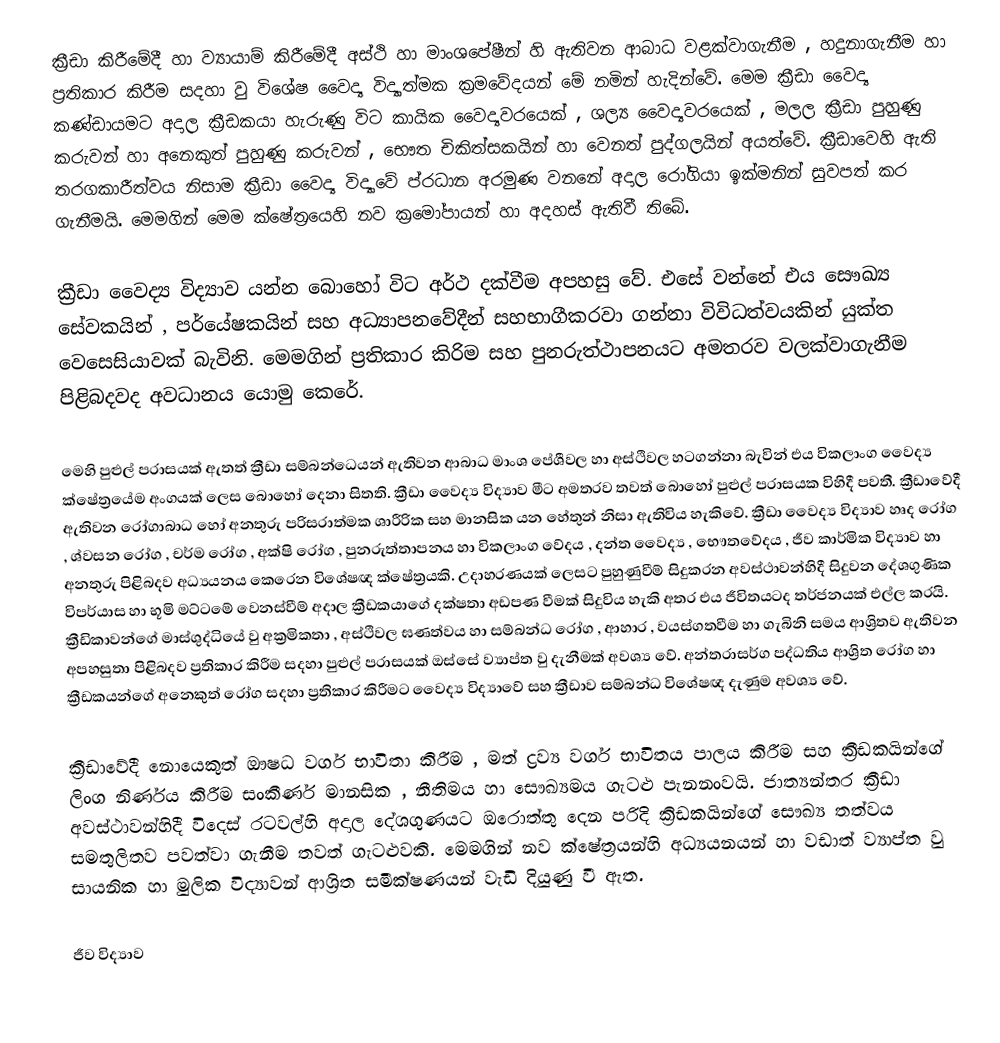
ක්‍රීඩා කිරීමේදී හා ව්‍යායාම් කිරීමේදී අස්ථි හා මාංශපේෂීන් හි ඇතිවන ආබාධ වළක්වාගැනීම , හදුනාගැනීම හා ප්‍රතිකාර කිරීම සදහා වු විශේෂ වෛද්‍ය විද්‍යාත්මක ක්‍රමවේදයන් මේ නමින් හැදින්වේ. මෙම ක්‍රීඩා වෛද්‍ය කණ්ඩායමට අදාල ක්‍රීඩකයා හැරුණු විට කායික වෛද්‍යවරයෙක් , ශල්‍ය වෛද්‍යවරයෙක් , මලල ක්‍රීඩා පුහුණු කරුවන් හා අනෙකුත් පුහුණු කරුවන් , භෞත චිකිත්සකයින් හා වෙනත් පුද්ගලයින් අයත්වේ. ක්‍රීඩාවෙහි ඇති තරගකාරීත්වය නිසාම ක්‍රීඩා වෛද්‍ය විද්‍යාවේ ප්රධාන අරමුණ වනනේ අදාල රෝගියා ඉක්මනින් සුවපත් කර ගැනීමයි. මෙමගින් මෙම ක්ෂේත්‍රයෙහි නව ක්‍රමෝපායන් හා අදහස් ඇතිවී තිබේ.

ක්‍රීඩා වෛද්‍ය විද්‍යාව යන්න බොහෝ විට අර්ථ දක්වීම අපහසු වේ. එසේ වන්නේ එය සෞඛ්‍ය සේවකයින් , පර්යේෂකයින් සහ අධ්‍යාපනවේදීන් සහභාගීකරවා ගන්නා විවිධත්වයකින් යුක්ත වෙසෙසියාවක් බැවිනි. මෙමගින් ප්‍රතිකාර කිරිම සහ පුනරුත්ථාපනයට අමතරව වලක්වාගැනීම පිළිබදවද අවධානය යොමු කෙරේ.

මෙහි පුළුල් පරාසයක් ඇතත් ක්‍රීඩා සම්බන්ධ‍ෙයන් ඇතිවන ආබාධ මාංශ පේශීවල හා අස්ථිවල හටගන්නා බැවින් එය විකලාංග වෛද්‍ය ක්ෂේත්‍රයේම අංගයක් ලෙස බොහෝ දෙනා සිතති. ක්‍රීඩා වෛද්‍ය විද්‍යාව මීට අමතරව තවත් බොහෝ පුළුල් පරාසයක විහිදී පවතී. ක්‍රීඩාවේදී ඇතිවන රෝගාබාධ හෝ අනතුරු පරිසරාත්මක ශාරීරික සහ මානසික යන හේතුන් නිසා ඇතිවිය හැකිවේ. ක්‍රීඩා වෛද්‍ය විද්‍යාව හෘද රෝග , ශ්වසන රෝග , චර්ම රෝග , අක්ෂි රෝග , පුනරුත්තාපනය හා විකලාංග වේදය , දන්ත වෛද්‍ය , භෞතවේදය , ජීව කාර්මික විද්‍යාව හා අනතුරු පිළිබදව අධ්‍යයනය කෙරෙන විශේෂඥ ක්ෂේත්‍රයකි. උදාහරණයක් ලෙසට පුහුණුවීම් සිදුකරන අවස්ථාවන්හිදී සිදුවන දේශගුණික විපර්යාස හා භූමි මට්ටමේ වෙනස්වීම් අදාල ක්‍රීඩකයාගේ දක්ෂතා අඩපණ වීමක් සිදුවිය හැකි අතර එය ජීවිතයටද තර්ජනයක් එල්ල කරයි. ක්‍රීඩිකාවන්ගේ මාස්ශුද්ධියේ වු අක්‍රමිකතා , අස්ථිවල ඝණත්වය හා සම්බන්ධ රෝග , ආහාර , වයස්ගතවීම හා ගැබිනි සමය ආශ්‍රිතව ඇතිවන අපහසුතා පිළිබදව ප්‍රතිකාර කිරීම සදහා පුළුල් පරාසයක් ඔස්සේ ව්‍යාප්ත වු දැනීමක් අවශ්‍ය වේ. අන්තරාසර්ග පද්ධතිය ආශ්‍රිත රෝග හා ක්‍රීඩකයන්ගේ අනෙකුත් රෝග සදහා ප්‍රතිකාර කිරීමට වෛද්‍ය විද්‍යාවේ සහ ක්‍රීඩාව සම්බන්ධ විශේෂඥ දැණුම අවශ්‍ය වේ.

ක්‍රීඩාවේදී නොයෙකුත් ඖෂධ වර්ග භාවිතා කිරීම , මත් ද්‍රව්‍ය වර්ග භාවිතය පාලය කිරීම සහ ක්‍රීඩකයින්ගේ ලිංග නිර්ණය කිරීම සංකීර්ණ මානසික , නීතිමය හා සෞඛ්‍යමය ගැටළු පැනනංවයි. ජාත්‍යන්තර ක්‍රීඩා අවස්ථාවන්හිදී විදෙස් රටවල්හි අදාල දේශගුණයට ඔරොත්තු දෙන පරිදි ක්‍රිඩකයින්ගේ සෞඛ්‍ය තත්වය සමතුලිතව පවත්වා ගැනීම තවත් ගැටළුවකි. මෙමගින් නව ක්ෂේත්‍රයන්හි අධ්‍යයනයන් හා වඩාත් ව්‍යාප්ත වු සායනික හා මුලික විද්‍යාවන් ආශ්‍රිත සමීක්ෂණයන් වැඩි දියුණු වී ඇත.

ජීව විද්‍යාව